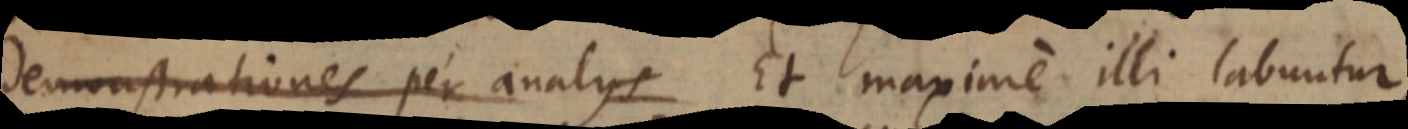
demonstrationes per analys Et maxime illi labuntur,